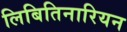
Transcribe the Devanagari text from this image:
लिबितिनारियन